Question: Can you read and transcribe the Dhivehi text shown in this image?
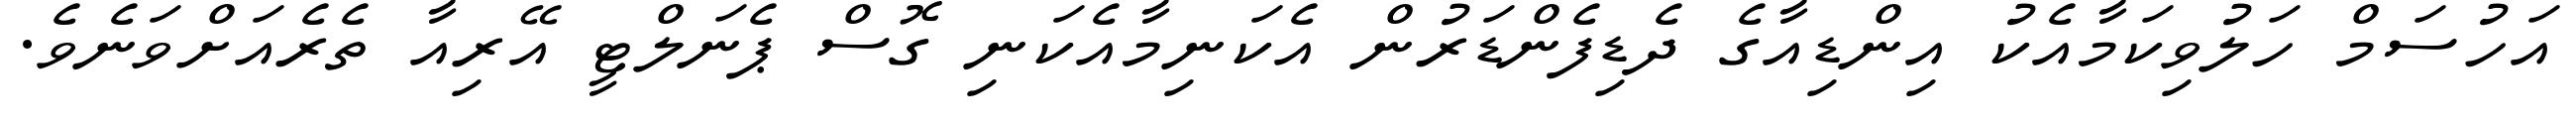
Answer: އަހުސަމް ހަލުވިކަމާއެކު އިންޑިއާގެ ދެޑިފެންޑަރުން އެކަނިމާއެކަނި ގޮސް ޕެނަލްޓީ އޭރިއާ ތެރެއަށްވަނެވެ.